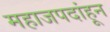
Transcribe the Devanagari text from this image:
महाजपदांहून